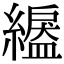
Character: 𦅺